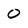
Character: 0